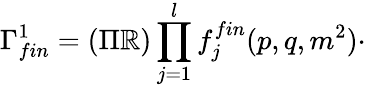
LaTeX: \Gamma_{fin}^{1}=(\Pi\mathbb{R})\prod_{j=1}^{l}f_{j}^{fin}(p,q,m^{2})\cdot